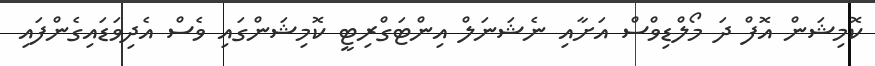
ކޮމިޝަން އޮފް ދަ މޯލްޑިވްސް އަށާއި ނެޝަނަލް އިންޓަގްރިޓީ ކޮމިޝަންގައި ވެސް އެދިވަޑައިގެންފައި